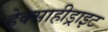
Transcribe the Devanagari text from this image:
हेक्साहीड्राइट